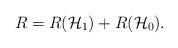
LaTeX: \begin{align*}R=R(\mathcal{H}_1)+R(\mathcal{H}_0).\end{align*}